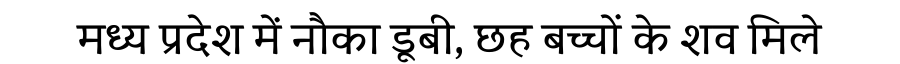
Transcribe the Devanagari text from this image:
मध्य प्रदेश में नौका डूबी, छह बच्चों के शव मिले